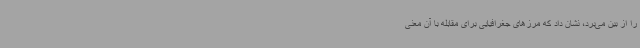
را از بین می‌برد، نشان داد که مرزهای جغرافیایی برای مقابله با آن معنی